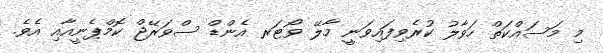
މި މަސައްކަތް ހަވާލު ކުރެވިފައިވަނީ މާލޭ ވޯޓަރ އެންޑް ސްވަރޭޖް ކޮމްޕެނީއާއި އެވެ.